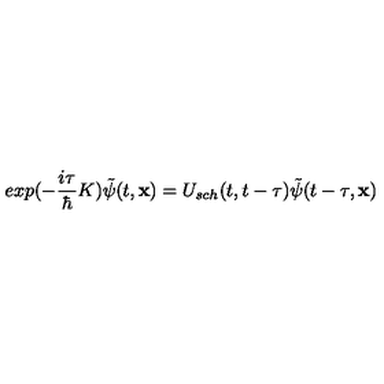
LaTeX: e x p ( - \frac { i \tau } { \hbar } K ) \tilde { \psi } ( t , { \bf x } ) = U _ { s c h } ( t , t - \tau ) \tilde { \psi } ( t - \tau , { \bf x } )